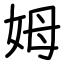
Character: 姆